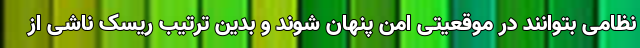
نظامی بتوانند در موقعیتی امن پنهان شوند و بدین ترتیب ریسک ناشی از